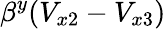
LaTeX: \beta^{y}(V_{x2}-V_{x3})